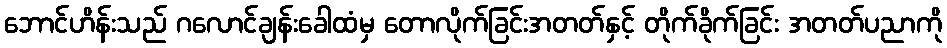
ဘောင်ဟိန်းသည် ဂလောင်ချန်းခေါထံမှ တောလိုက်ခြင်းအတတ်နှင့် တိုက်ခိုက်ခြင်း အတတ်ပညာကို